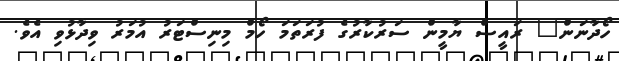
ހޯދާނަން" ރައީސް ޔާމީން ސަރުކާރުގެ ފުރަތަމަ ހޯމް މިނިސްޓަރު އުމަރު ވިދާޅުވި އެވެ.